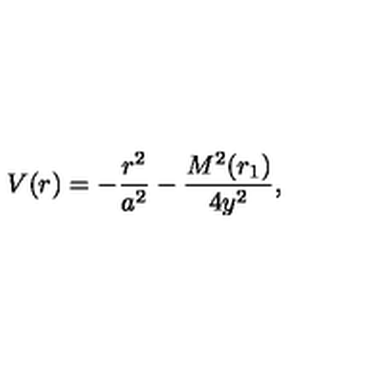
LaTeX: V ( r ) = - \frac { r ^ { 2 } } { a ^ { 2 } } - \frac { M ^ { 2 } ( r _ { 1 } ) } { 4 y ^ { 2 } } ,